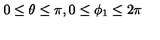
0 \leq \theta \leq \pi , 0 \leq \phi _ { 1 } \leq 2 \pi